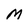
Character: M